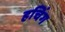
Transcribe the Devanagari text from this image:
हचिंग